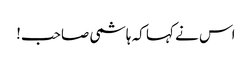
اس نے کہا کہ ہاشمی صاحب!